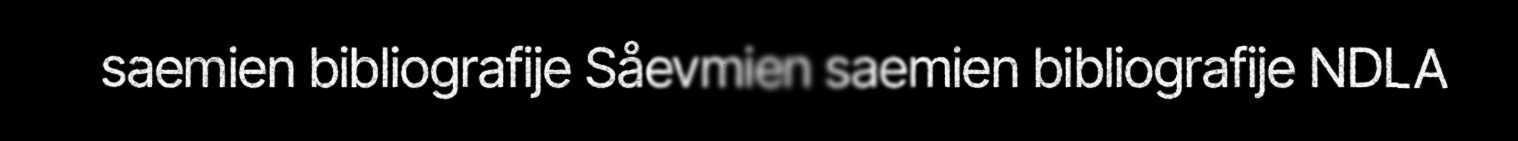
saemien bibliografije Såevmien saemien bibliografije NDLA